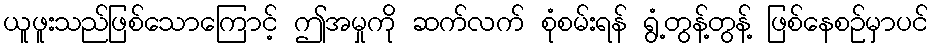
ယူဖူးသည်ဖြစ်သောကြောင့် ဤအမှုကို ဆက်လက် စုံစမ်းရန် ရွံ့တွန့်တွန့် ဖြစ်နေစဉ်မှာပင်